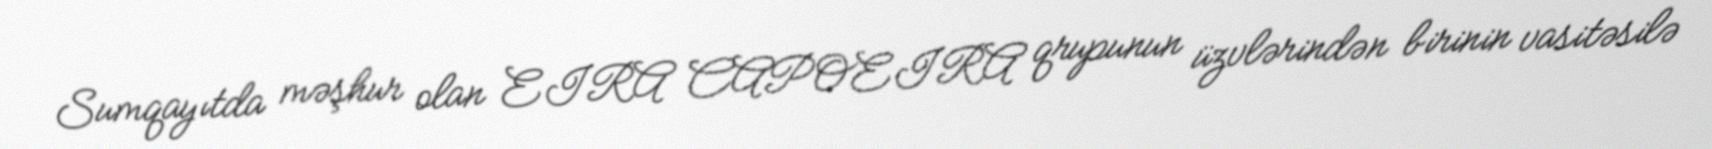
Sumqayıtda məşhur olan EIRA CAPOEIRA qrupunun üzvlərindən birinin vasitəsilə